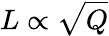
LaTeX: L\propto\sqrt{Q}